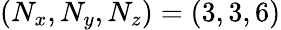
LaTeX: (N_{x},N_{y},N_{z})=(3,3,6)